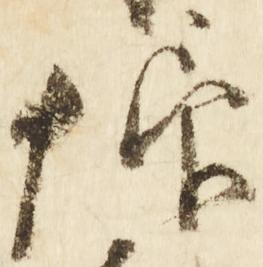
仰